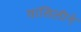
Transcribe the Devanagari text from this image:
वासिलीने